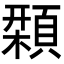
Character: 𩔛